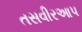
તસવીરઆપ